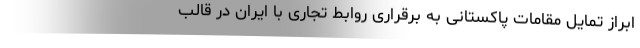
ابراز تمایل مقامات پاکستانی به برقراری روابط تجاری با ایران در قالب